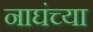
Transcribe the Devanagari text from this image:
नाघंच्या